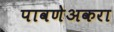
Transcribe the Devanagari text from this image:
पावणेअकरा